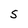
Character: 5